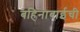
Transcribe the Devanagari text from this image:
बहिनाबाईची